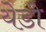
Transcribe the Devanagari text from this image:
येडो